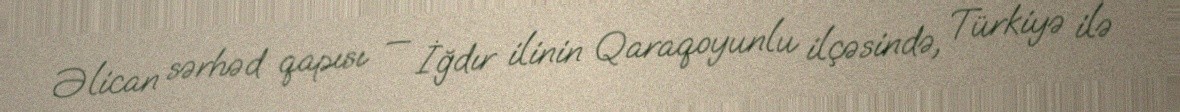
Əlican sərhəd qapısı — İğdır ilinin Qaraqoyunlu ilçəsində, Türkiyə ilə